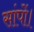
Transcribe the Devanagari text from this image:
सांपों।